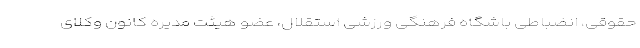
حقوقی، انضباطی باشگاه فرهنگی ورزشی استقلال، عضو هیئت مدیره کانون وکلای